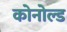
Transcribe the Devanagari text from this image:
कोनोल्ड